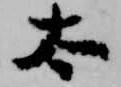
太